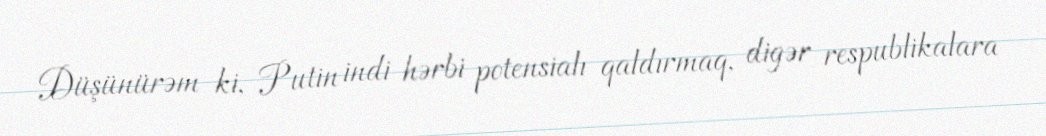
Düşünürəm ki, Putin indi hərbi potensialı qaldırmaq, digər respublikalara